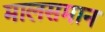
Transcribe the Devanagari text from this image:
मालसमान